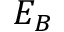
E _ { B }